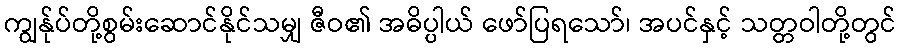
ကျွန်ုပ်တို့စွမ်းဆောင်နိုင်သမျှ ဇီဝ၏ အဓိပ္ပါယ် ဖော်ပြရသော်၊ အပင်နှင့် သတ္တဝါတို့တွင်